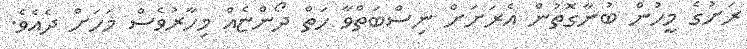
ރަށުގެ މީހުން ބުނާގޮތުން އެރަށަށް ނިސްބަތްވާ ހަތް ދޯންޏެއް މިހާރުވެސް މަހަށް ދެއެވެ.